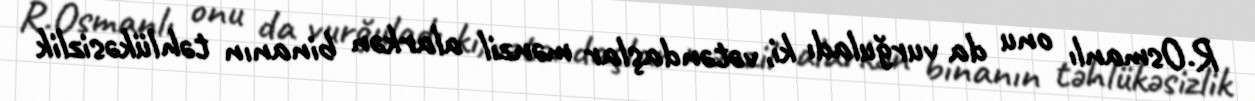
R.Osmanlı onu da vurğuladı ki, vətəndaşlar mənzil alarkən binanın təhlükəsizlik